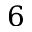
6